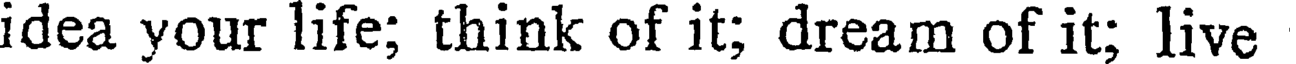
idea your life; think of it; dream of it; live